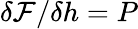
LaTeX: \delta\mathcal{F}/\delta h=P